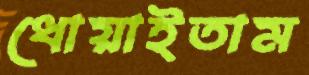
ধোয়াইতাম